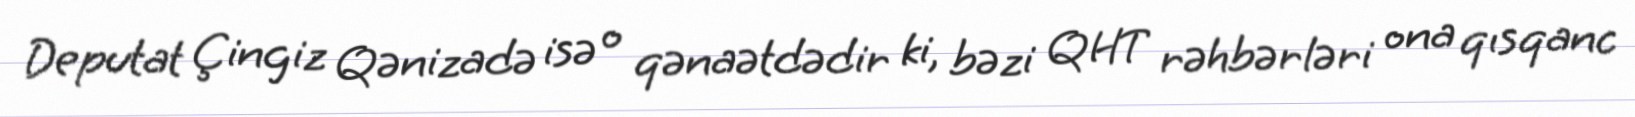
Deputat Çingiz Qənizadə isə o qənaətdədir ki, bəzi QHT rəhbərləri ona qısqanc